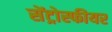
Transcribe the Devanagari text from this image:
सेंट्रोस्फीयर